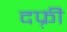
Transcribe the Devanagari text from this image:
दफ़्री